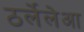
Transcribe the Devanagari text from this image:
ठर्लेलेआ